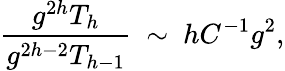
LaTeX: \frac{g^{2h}T_{h}}{g^{2h-2}T_{h-1}}\ \sim\ hC^{-1}g^{2},